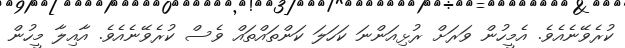
ކުރެވޭނެއެވެ. އެމީހުން ވަރަށް ރުޅިއަންނަ ކަހަލަ ކަންތައްތައް ވެސް ކުރެވޭނެއެވެ. އާއިލާ މީހުން